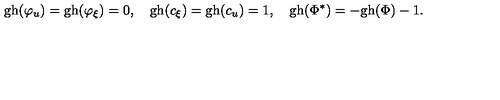
\mathrm { g h } ( \varphi _ { u } ) = \mathrm { g h } ( \varphi _ { \xi } ) = 0 , \quad \mathrm { g h } ( c _ { \xi } ) = \mathrm { g h } ( c _ { u } ) = 1 , \quad \mathrm { g h } ( \Phi ^ { * } ) = - \mathrm { g h } ( \Phi ) - 1 .